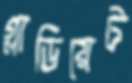
গ্লাডিয়েট